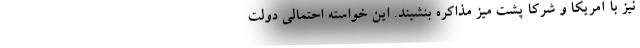
نیز با آمریکا و شرکا پشت میز مذاکره بنشیند. این خواسته احتمالی دولت